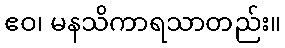
ဧဝ၊ မနသိကာရသာတည်း။